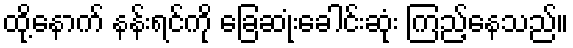
ထို့နောက် နန်းရင်ကို ခြေဆုံးခေါင်းဆုံး ကြည့်နေသည်။